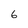
Character: 6